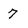
Character: 7